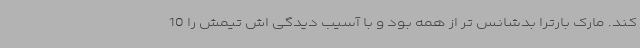
کند. مارک بارترا بدشانس تر از همه بود و با آسیب دیدگی اش تیمش را 10